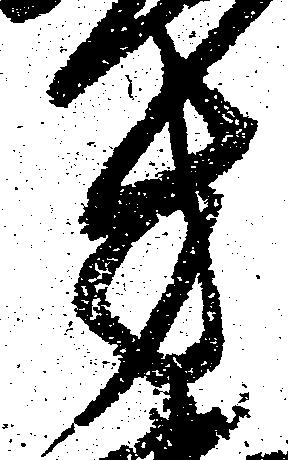
方